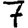
Digit: 7